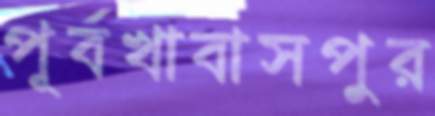
পূর্বখাবাসপুর